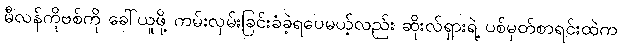
မီလန်ကိုဗစ်ကို ခေါ်ယူဖို့ ကမ်းလှမ်းခြင်းခံခဲ့ရပေမယ့်လည်း ဆိုးလ်ရှားရဲ့ ပစ်မှတ်စာရင်းထဲက